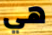
هي